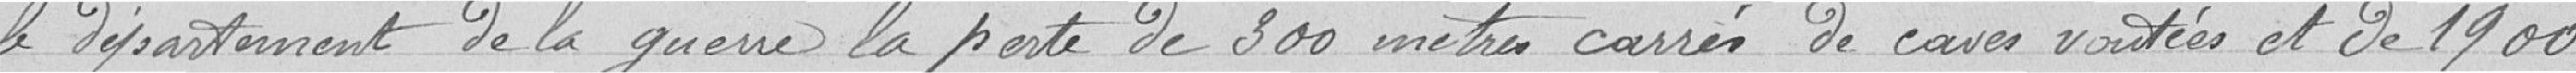
le département de la guerre le poste de 300 mètres carrés de caves voutées et de 1900